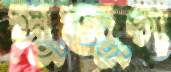
সুজুগ